Lunatic asylums in Bengal annual reports 1888-1898 - 1888-1898
Year: 1888
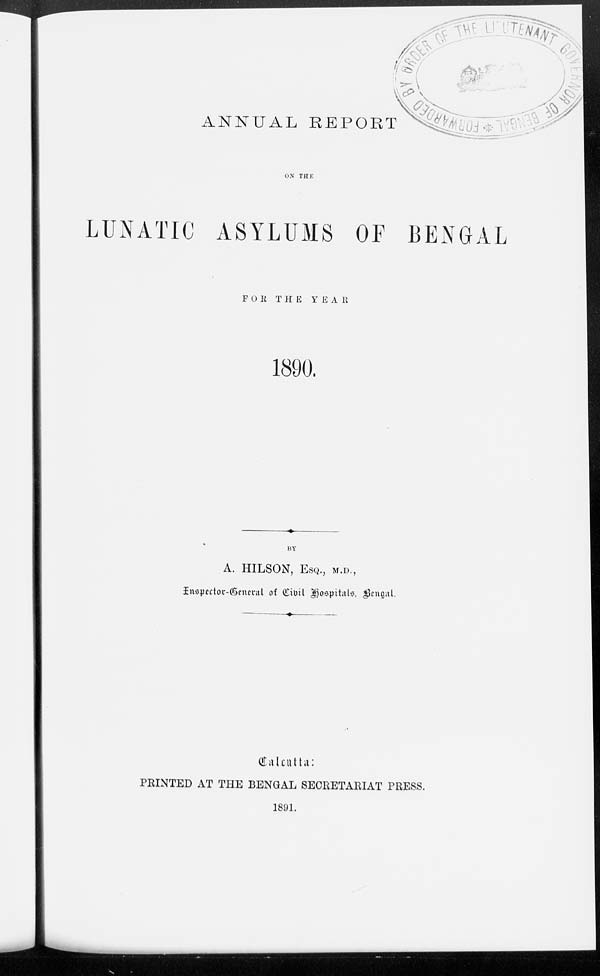
ANNUAL REPORT
ON THE
LUNATIC ASYLUMS OF BENGAL
FOR THE
YEAR
1890.
BY
A. HILSON, ESQ., M.D.,
Inspector-General of Civil Hospitals, Bengal.
Calcutta:
PRINTED AT THE BENGAL SECRETARIAT PRESS.
1891.